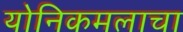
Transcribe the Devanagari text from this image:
योनिकमलाचा